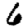
Digit: 6